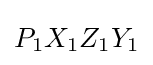
P_{1}X_{1}Z_{1}Y_{1}